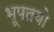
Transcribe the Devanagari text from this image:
भूपतयो